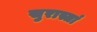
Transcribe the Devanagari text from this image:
सुरास्तां